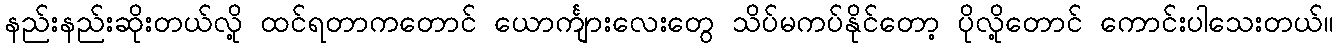
နည်းနည်းဆိုးတယ်လို့ ထင်ရတာကတောင် ယောင်္ကျားလေးတွေ သိပ်မကပ်နိုင်တော့ ပိုလို့တောင် ကောင်းပါသေးတယ်။